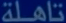
تاهلة